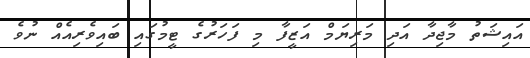
އައިޝަތު މާޖިދާ އަދި މަރިޔަމް އަޒީފާ މި ފަހަރުގެ ޓީމުގައި ބައިވެރިއެއް ނުވެ